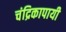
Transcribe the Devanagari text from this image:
चंद्रिकापायी